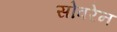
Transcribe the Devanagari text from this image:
सोवरेन